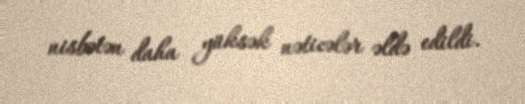
nisbətən daha yüksək nəticələr əldə edildi.